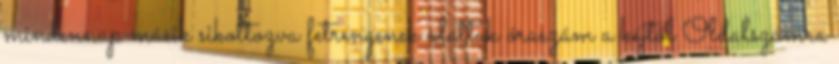
mindennap másik sikoltozva fetrengenek alattuk óraszám a kéjtől Oldalszámra